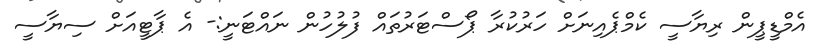
އެމްޑީޕީން ރިޔާސީ ކެމްޕެއިނަށް ހަރުކުރާ ޕޯސްޓަރުތައް ފުލުހުން ނައްޓަނީ:- އެ ޕާޓީއަށް ސިޔާސީ